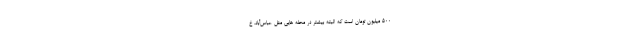
۵۰۰ میلیون تومان است که البته بیشتر در محله هایی مثل عباس‌آباد، خ